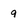
Character: 9